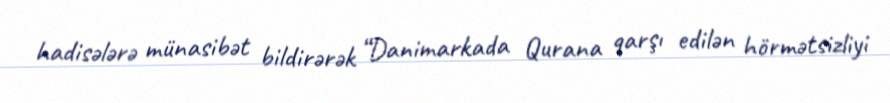
hadisələrə münasibət bildirərək “Danimarkada Qurana qarşı edilən hörmətsizliyi